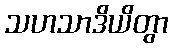
သဟသာဒိယိတွာ